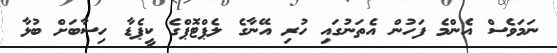
ނަމަވެސް އެންމެ ފަހުން އެތަނުގައި ހުރި އޭނާގެ ލެޕްޓޮޕްގެ ކީޕެޑާ ހިސާބަށް ބުޅާ